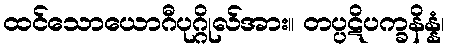
ထင်သောယောဂီပုဂ္ဂိုလ်အား။ တပ္ပဋိပက္ခနိန္နံ၊